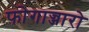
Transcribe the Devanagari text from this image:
फोगाज्जारो